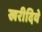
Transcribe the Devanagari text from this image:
खरीदिये